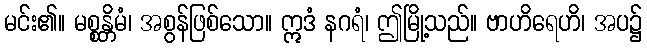
မင်း၏။ မစ္စန္တိမံ၊ အစွန်ဖြစ်သော။ ဣဒံ နဂရံ၊ ဤမြို့သည်။ ဗာဟိရေဟိ၊ အပ၌